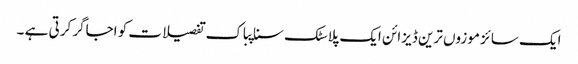
ایک سائز موزوں ترین ڈیزائن ایک پلاسٹک سناپباک تفصیلات کو اجاگر کرتی ہے ۔